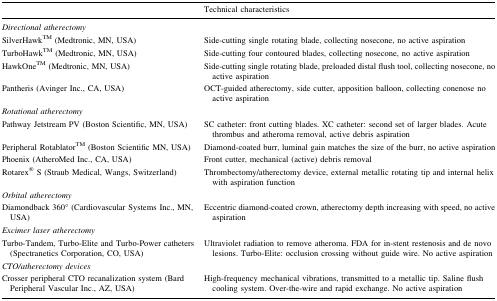
<table><thead><tr><td></td><td><b>Technical characteristics</b></td></tr></thead><tbody><tr><td colspan="2"><i>Directional atherectomy</i></td></tr><tr><td>SilverHawkTM (Medtronic, MN, USA)</td><td>Side-cutting single rotating blade, collecting nosecone, no active aspiration</td></tr><tr><td>TurboHawkTM (Medtronic, MN, USA)</td><td>Side-cutting four contoured blades, collecting nosecone, no active aspiration</td></tr><tr><td>HawkOneTM (Medtronic, MN, USA)</td><td>Side-cutting single rotating blade, preloaded distal flush tool, collecting nosecone, no active aspiration</td></tr><tr><td>Pantheris (Avinger Inc., CA, USA)</td><td>OCT-guided atherectomy, side cutter, apposition balloon, collecting conenose no active aspiration</td></tr><tr><td colspan="2"><i>Rotational atherectomy</i></td></tr><tr><td>Pathway Jetstream PV (Boston Scientific, MN, USA)</td><td>SC catheter: front cutting blades. XC catheter: second set of larger blades. Acute thrombus and atheroma removal, active debris aspiration</td></tr><tr><td>Peripheral RotablatorTM (Boston Scientific MN, USA)</td><td>Diamond-coated burr, luminal gain matches the size of the burr, no active aspiration</td></tr><tr><td>Phoenix (AtheroMed Inc., CA, USA)</td><td>Front cutter, mechanical (active) debris removal</td></tr><tr><td>Rotarex<sup>®</sup> S (Straub Medical, Wangs, Switzerland)</td><td>Thrombectomy/atherectomy device, external metallic rotating tip and internal helix with aspiration function</td></tr><tr><td colspan="2"><i>Orbital atherectomy</i></td></tr><tr><td>Diamondback 360° (Cardiovascular Systems Inc., MN, USA)</td><td>Eccentric diamond-coated crown, atherectomy depth increasing with speed, no active aspiration</td></tr><tr><td colspan="2"><i>Excimer laser atherectomy</i></td></tr><tr><td>Turbo-Tandem, Turbo-Elite and Turbo-Power catheters (Spectranetics Corporation, CO, USA)</td><td>Ultraviolet radiation to remove atheroma. FDA for in-stent restenosis and de novo lesions. Turbo-Elite: occlusion crossing without guide wire. No active aspiration</td></tr><tr><td colspan="2"><i>CTO/atherectomy devices</i></td></tr><tr><td>Crosser peripheral CTO recanalization system (Bard Peripheral Vascular Inc., AZ, USA)</td><td>High-frequency mechanical vibrations, transmitted to a metallic tip. Saline flush cooling system. Over-the-wire and rapid exchange. No active aspiration</td></tr></tbody></table>